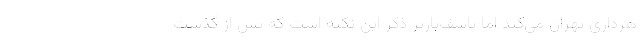
هرداری تهران می‌کند اما تاسف‌بارتر ذکر این نکته است که پس از گذشت